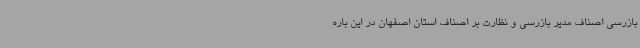
بازرسی اصناف مدیر بازرسی و نظارت بر اصناف استان اصفهان در این باره